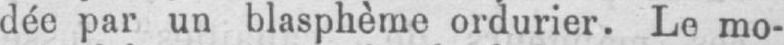
dée par un blasphème ordurier. Le mo-